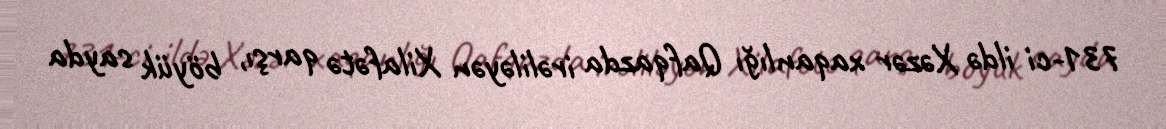
731-ci ildə Xəzər xaqanlığı Qafqazda irəliləyən Xilafətə qarşı, böyük sayda